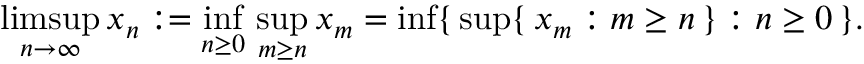
\operatorname* { l i m s u p } _ { n \to \infty } x _ { n } : = \operatorname* { i n f } _ { n \geq 0 } \, \operatorname* { s u p } _ { m \geq n } x _ { m } = \operatorname* { i n f } \{ \, \operatorname* { s u p } \{ \, x _ { m } : m \geq n \, \} : n \geq 0 \, \} .